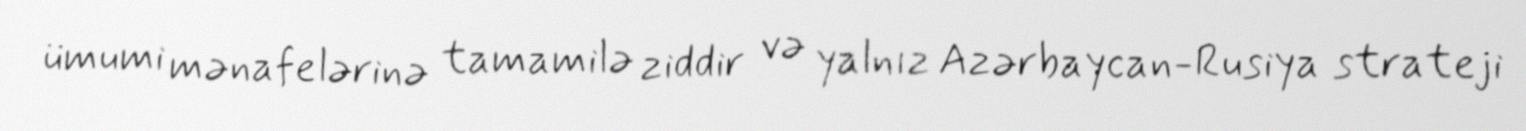
ümumi mənafelərinə tamamilə ziddir və yalnız Azərbaycan-Rusiya strateji